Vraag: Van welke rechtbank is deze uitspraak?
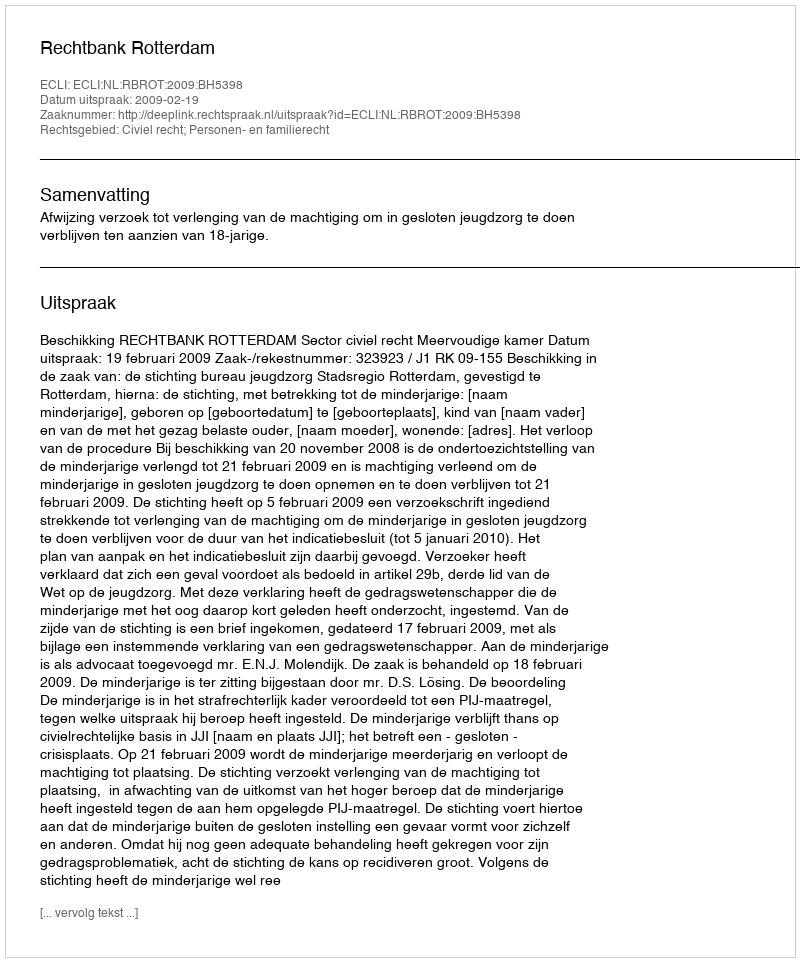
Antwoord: Rechtbank Rotterdam